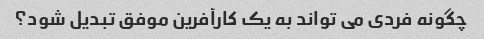
چگونه فردی می تواند به یک کارآفرین موفق تبدیل شود؟